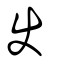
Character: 使